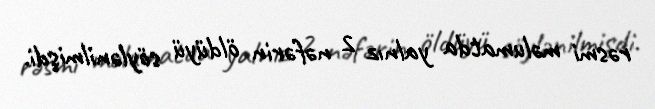
rəsmi məlumatda yalnız 2 nəfərin öldüyü söylənilmişdi.